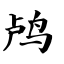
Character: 鸬